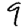
Digit: 9